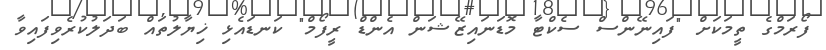
ފޯރަމްގެ ތީމަކަށް "ފައިނޭންސް ސެކްޓާ މޮޑަނައިޒޭޝަން އެންޑް ރީފޯމް" ކަނޑައެޅި ޚިޔާލުތައް ބަދަލުކުރެވިފައިވާ